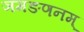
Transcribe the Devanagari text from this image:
ञमङणनम्